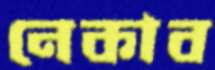
নেকাব